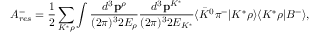
A _ { r e s } ^ { - } = \displaystyle { \frac { 1 } { 2 } \sum _ { K ^ { * } \rho } \int \frac { d ^ { 3 } { \bf p } ^ { \rho } } { ( 2 \pi ) ^ { 3 } 2 E _ { \rho } } \frac { d ^ { 3 } { \bf p } ^ { K ^ { * } } } { ( 2 \pi ) ^ { 3 } 2 E _ { K ^ { * } } } \langle { \bar { K } } ^ { 0 } \pi ^ { - } | K ^ { * } \rho \rangle \langle K ^ { * } \rho | B ^ { - } \rangle } ,